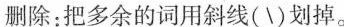
删除:把多余的词用斜线(\)划掉。